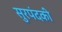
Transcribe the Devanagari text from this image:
सुरपंदकी